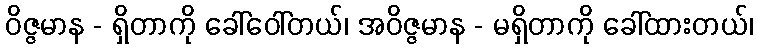
ဝိဇ္ဇမာန - ရှိတာကို ခေါ်ဝေါ်တယ်၊ အဝိဇ္ဇမာန - မရှိတာကို ခေါ်ထားတယ်၊